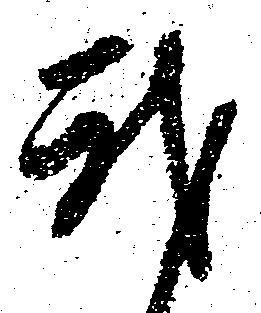
我